Annual administration report of the Civil Veterinary Department, Ajmere-Merwara, British Rajputana - 1914-1940
Year: 1914
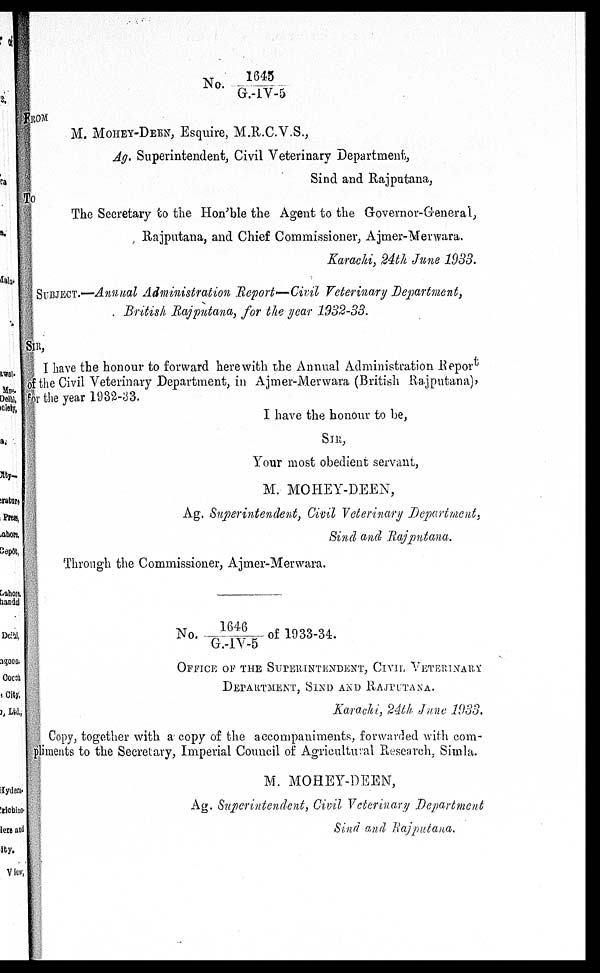
No. 1645/G.-IV-5
FROM
M. MONEY-DEEN, Esquire, M.R.C.V.S.,
Ag. Superintendent, Civil Veterinary Department,
Sind and Rajputana,
To
The Secretary to the Hon'ble the Agent to the Governor-General,
Rajputana, and Chief Commissioner, Ajmer-Merwara.
Karachi, 24th June 1983.
SUBJECT.—Annual Administration Report-—Civil Veterinary Department,
British Rajputana, for the year 1932-33.
SIR,
I have the honour to forward here with the Annual Administration Report
of the Civil Veterinary Department, in Ajmer-Merwara (British Rajputana),
for the year 1932-33.
I have the honour to be,
SIR,
Your most obedient servant,
M. MOHEY-DEEN,
Ag. Superintendent, Civil Veterinary Department,
Sind and Rajputana.
Through the Commissioner, Ajmer-Merwara.
No. 1646/G.-IV-5 of 1933-34.
OFFICE OF THE SUPERINTENDENT, CIVIL VETERINARY
DEPARTMENT, SIND AND RAJPUTANA.
Karachi, 24th June 1933.
Copy, together with a copy of the accompaniments, forwarded with com-
pliments to the Secretary, Imperial Council of Agricultural Research, Simla.
M. MOHEY-DEEN,
Ag. Superintendent, Civil Veterinary Department
Sind and Rajputana.